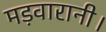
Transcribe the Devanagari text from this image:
मड़वारानी।